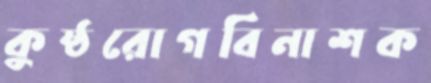
কুষ্ঠরোগবিনাশক